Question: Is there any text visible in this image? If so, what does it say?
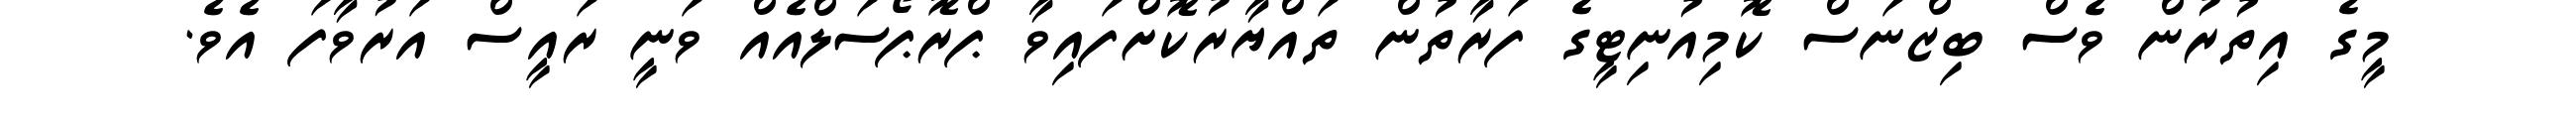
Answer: މީގެ އިތުރުން ވެސް ބިޒްނަސް ކޮމިއުނިޓީގެ ފަރާތުން ތައްޔާރުކޮށްފައިވާ ޕްރޮޕޯސަލްއެއް ވަނީ ރައީސް އަރުވާފަ އެވެ.